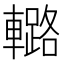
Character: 𨎲